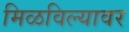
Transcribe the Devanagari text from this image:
मिळविल्यावर